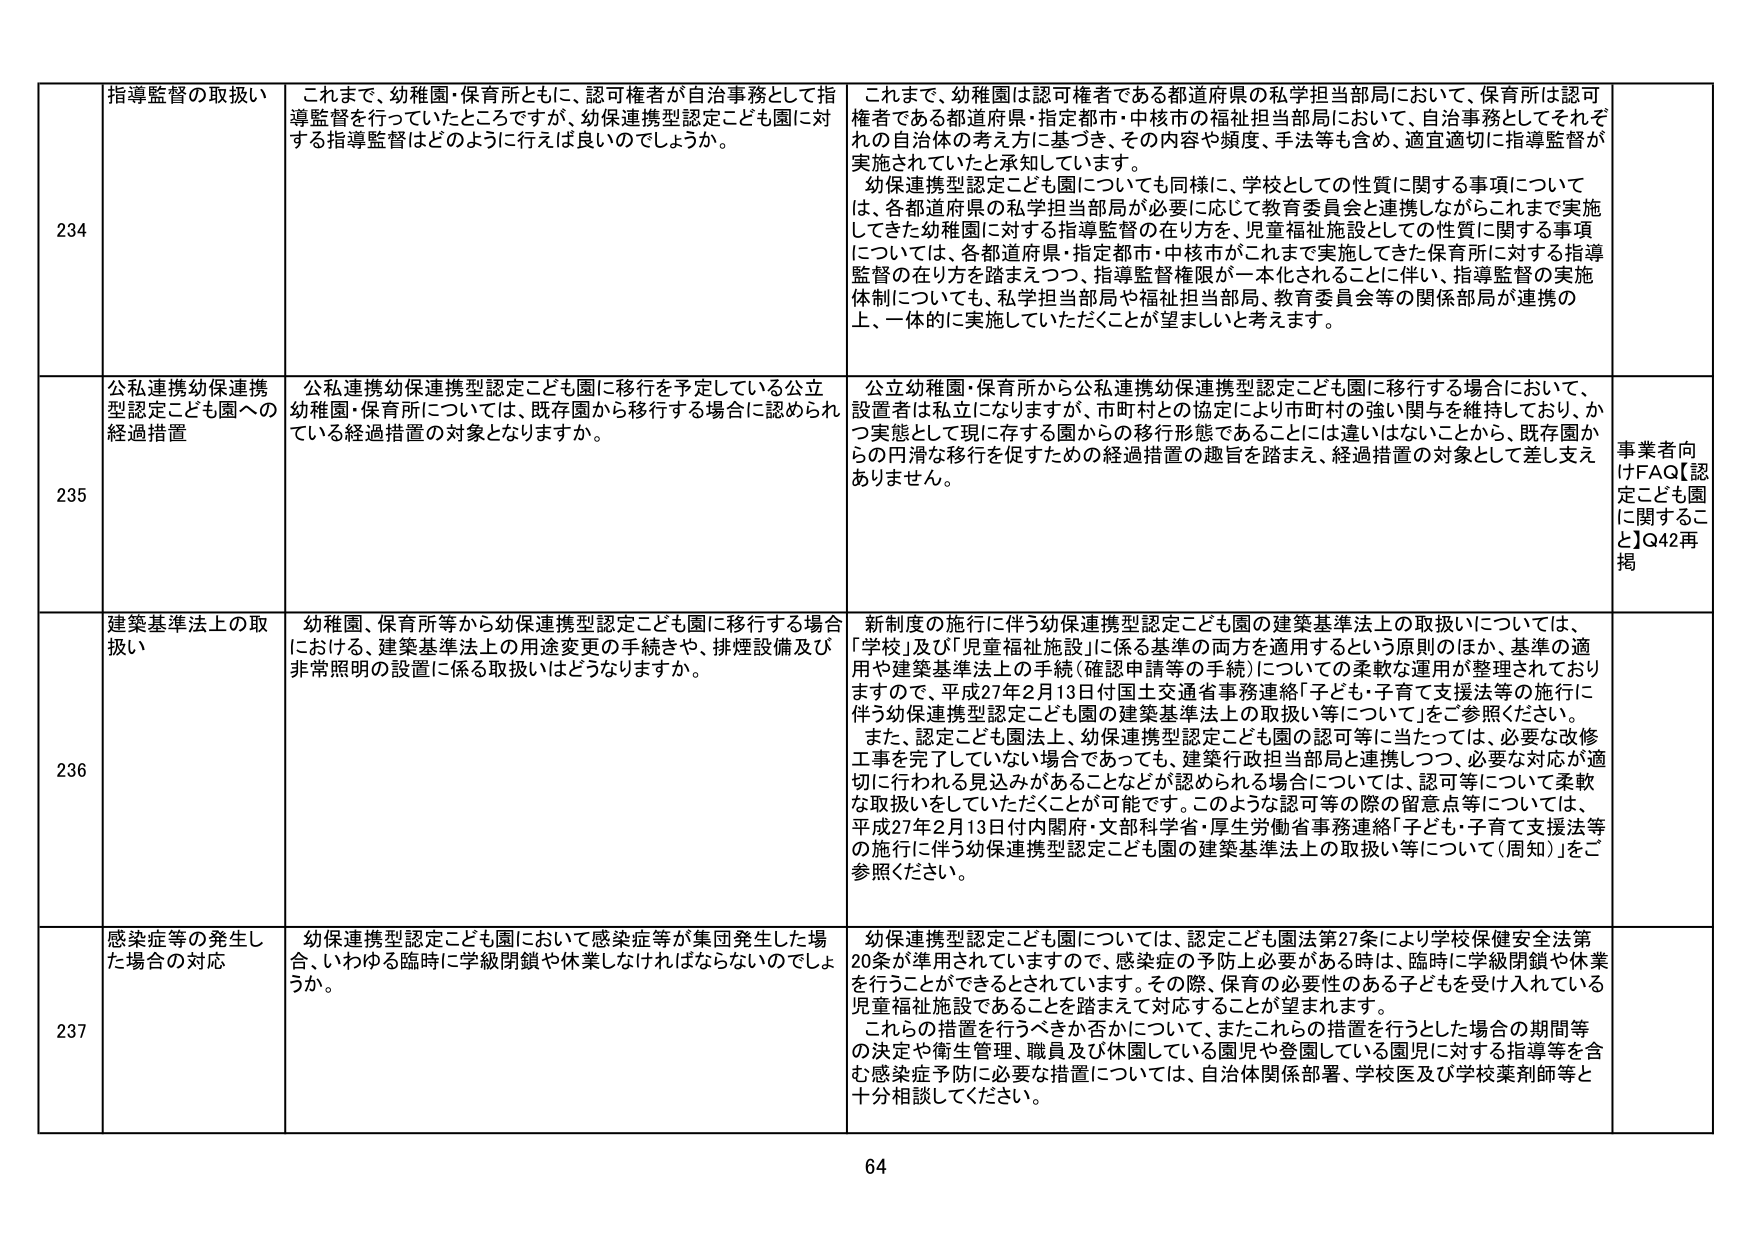
234 指導監督の取扱い これまで、幼稚園・保育所ともに、認可権者が自治事務として指導監督を行っていたところですが、幼保連携型認定こども園に対する指導監督はどのように行えば良いのでしょうか。 これまで、幼稚園は認可権者である都道府県の私学担当部局において、保育所は認可権者である都道府県・指定都市・中核市の福祉担当部局において、自治事務としてそれぞれの自治体の考え方に基づき、その内容や頻度、手法等も含め、適宜適切に指導監督が実施されていたと承知しています。 幼保連携型認定こども園についても同様に、学校としての性質に関する事項については、各都道府県の私学担当部局が必要に応じて教育委員会と連携しながらこれまで実施してきた幼稚園に対する指導監督の在り方を、児童福祉施設としての性質に関する事項については、各都道府県・指定都市・中核市がこれまで実施してきた保育所に対する指導監督の在り方を踏まえつつ、指導監督権限が一本化されることに伴い、指導監督の実施体制についても、私学担当部局や福祉担当部局、教育委員会等の関係部局が連携の上、一体的に実施していただくことが望ましいと考えます。

235 公私連携幼保連携型認定こども園への経過措置 公私連携幼保連携型認定こども園に移行を予定している公立幼稚園・保育所については、既存園から移行する場合に認められている経過措置の対象となりますか。 公立幼稚園・保育所から公私連携幼保連携型認定こども園に移行する場合において、設置者は私立になりますが、市町村との協定により市町村の強い関与を維持しており、かつ実態として現に存する園からの移行形態であることに違いはないことから、既存園からの円滑な移行を促すための経過措置の趣旨を踏まえ、経過措置の対象として差し支えありません。 事業者向けFAQ【認定こども園に関すること】Q42再掲

236 建築基準法上の取扱い 幼稚園、保育所等から幼保連携型認定こども園に移行する場合における、建築基準法上の用途変更の手続きや、排煙設備及び非常照明の設置に係る取扱いはどうなりますか。 新制度の施行に伴う幼保連携型認定こども園の建築基準法上の取扱いについては、「学校」及び「児童福祉施設」に係る基準の両方を適用するという原則のほか、基準の適用や建築基準法上の手続（確認申請等の手続）についての柔軟な運用が整理されておりますので、平成27年2月13日付国土交通省事務連絡「子ども・子育て支援法等の施行に伴う幼保連携型認定こども園の建築基準法上の取扱い等について」をご参照ください。 また、認定こども園法上、幼保連携型認定こども園の認可等に当たっては、必要な改修工事を完了していない場合であっても、建築行政担当部局と連携しつつ、必要な対応が適切に行われる見込みがあることなどが認められる場合については、認可等について柔軟な取扱いをしていただくことが可能です。このような認可等の際の留意点等については、平成27年2月13日付内閣府・文部科学省・厚生労働省事務連絡「子ども・子育て支援法等の施行に伴う幼保連携型認定こども園の建築基準法上の取扱い等について（周知）」をご参照ください。

237 感染症等の発生した場合の対応 幼保連携型認定こども園において感染症等が集団発生した場合、いわゆる臨時に学級閉鎖や休業しなければならないのでしょうか。 幼保連携型認定こども園については、認定こども園法第27条により学校保健安全法第20条が準用されていますので、感染症の予防上必要がある時は、臨時に学級閉鎖や休業を行うことができるとしています。その際、保育の必要性のある子どもを受け入れている児童福祉施設であることを踏まえて対応することが望まれます。 これらの措置を行うべきか否かについて、またこれらの措置を行うとした場合の期間等の決定や衛生管理、職員及び休園している園児や登園している園児に対する指導等を含む感染症予防に必要な措置については、自治体関係部署、学校医及び学校薬剤師等と十分相談してください。

64